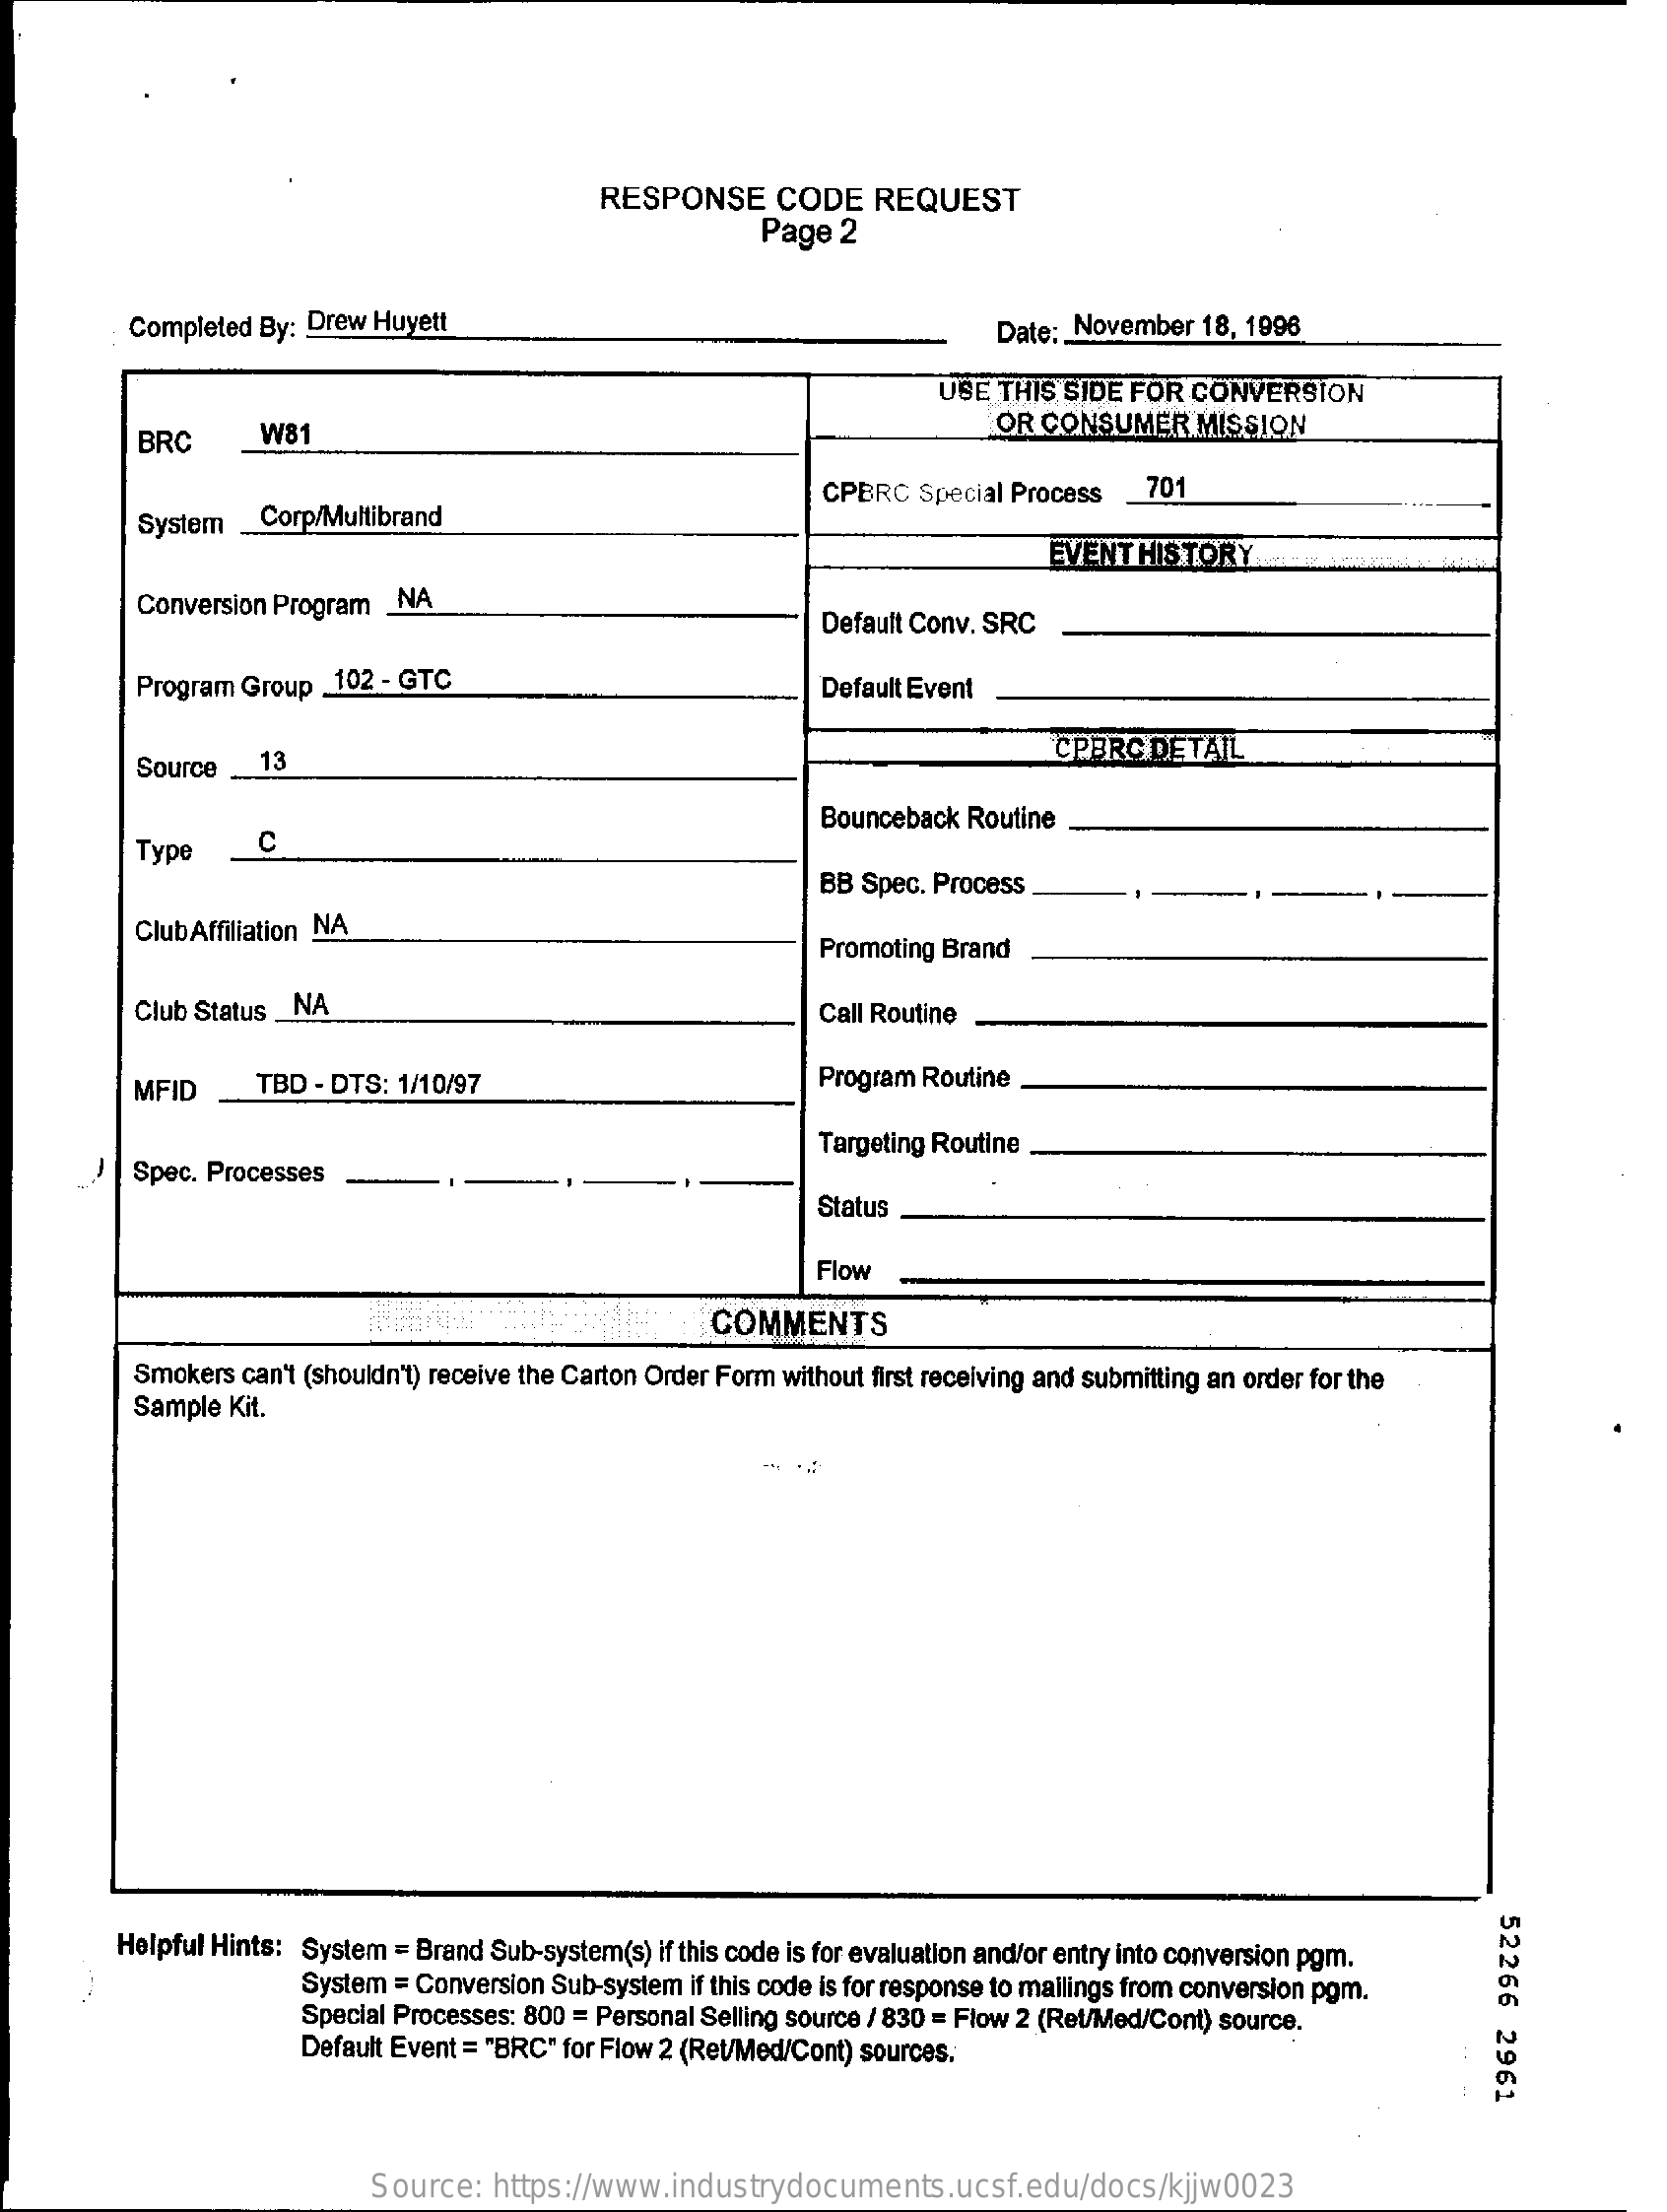
RESPONSE    CODE   REQUEST
     Page  2
     Completed By: Drew Huyett    Date: November 18, 1996
     USE  THIS SIDE FOR CONVERSION
     BRC    W81    OR CONSUMER    MISSION
     CPBRC  Special Process  701
     System _Corp/Multibrand
     EVENT HISTORY
     Conversion Program _NA
     Default Conv. SRC
     Program Group _102 - GTC    Default Event
     Source   13    CPBRC  DETAIL
     Bounceback Routine
     Type    C
     BB Spec. Process
     Club Affiliation NA
     Promoting Brand
     Club Status _NA    Call Routine
     MFID    TBD - DTS: 1/10/97    Program Routine
     ) |Spec. Processes
     Targeting Routine
     Status
     Flow
     COMMENTS
     Smokers can't (shouldn't) receive the Carton Order Form without first receiving and submitting an order for the
     Sample Kit.
     52266
     2961
     Helpful Hints: System = Brand Sub-system(s) if this code is for evaluation and/or entry into conversion pgm.
     System = Conversion Sub-system if this code is for response to mailings from conversion pgm.
     Special Processes: 800 = Personal Selling source / 830 = Flow 2 (Ret/Med/Cont) source.
     Default Event = "BRC" for Flow 2 (Ret/Med/Cont) sources.
     Source:  https://www.industrydocuments.ucsf.edu/docs/kjjw0023